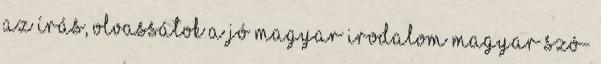
az írás, olvassátok A jó magyar irodalom Magyar szó-